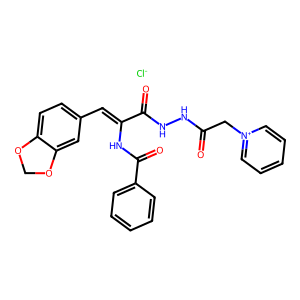
SMILES: O=C(C[n+]1ccccc1)NNC(=O)C(=Cc1ccc2c(c1)OCO2)NC(=O)c1ccccc1.[Cl-]
Inhibits HIV replication: No